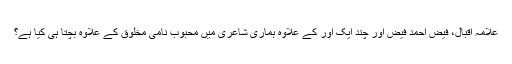
علامہ اقبال، فیض احمد فیض اور چند ایک اور کے علاوہ ہماری شاعری میں محبوب نامی مخلوق کے علاوہ بچتا ہی کیا ہے؟